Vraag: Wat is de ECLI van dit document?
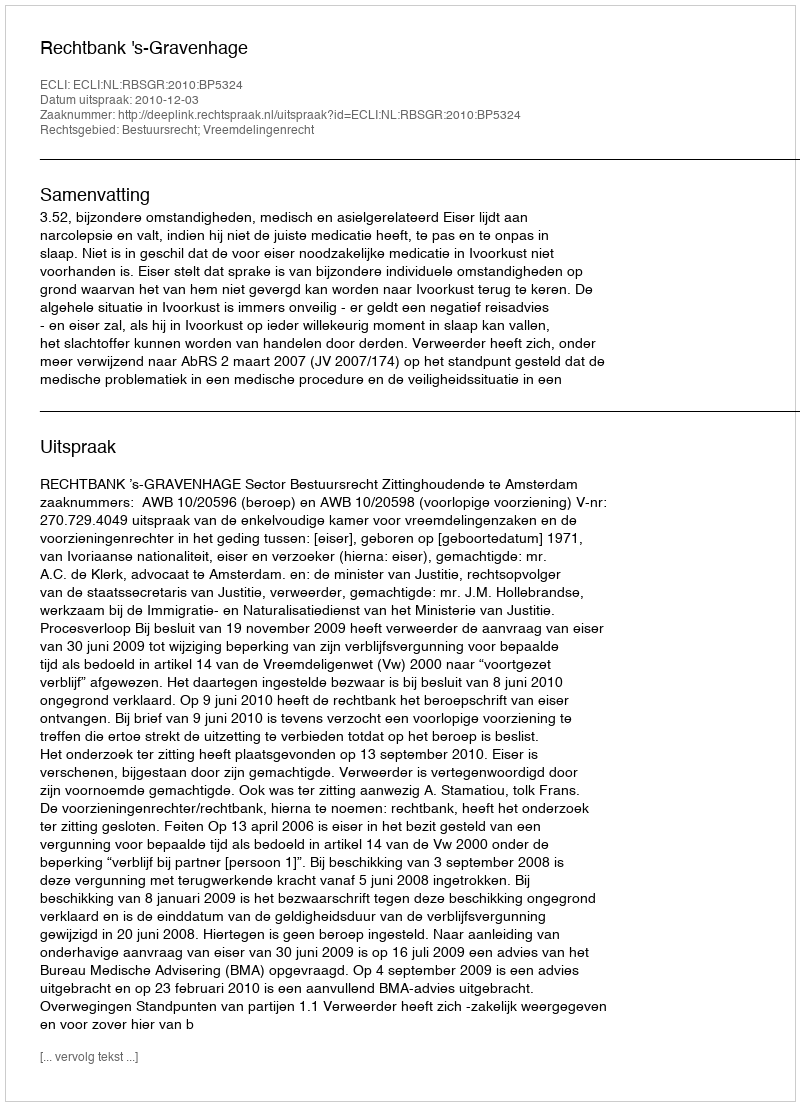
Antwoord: ECLI:NL:RBSGR:2010:BP5324